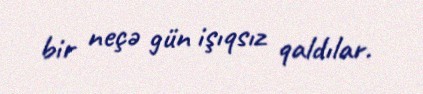
bir neçə gün işıqsız qaldılar.